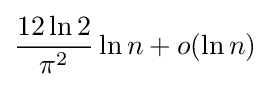
{\frac {12\ln 2}{\pi ^{2}}}\ln n+o(\ln n)